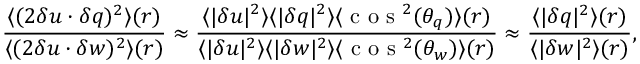
{ \frac { \langle ( 2 \delta \boldsymbol { u } \cdot \delta \boldsymbol { q } ) ^ { 2 } \rangle ( \boldsymbol { r } ) } { \langle ( 2 \delta \boldsymbol { u } \cdot \delta \boldsymbol { w } ) ^ { 2 } \rangle ( \boldsymbol { r } ) } \approx \frac { \langle | \delta \boldsymbol { u } | ^ { 2 } \rangle \langle | \delta \boldsymbol { q } | ^ { 2 } \rangle \langle \mathrm { ~ c ~ o ~ s ~ } ^ { 2 } ( \theta _ { q } ) \rangle ( \boldsymbol { r } ) } { \langle | \delta \boldsymbol { u } | ^ { 2 } \rangle \langle | \delta \boldsymbol { w } | ^ { 2 } \rangle \langle \mathrm { ~ c ~ o ~ s ~ } ^ { 2 } ( \theta _ { w } ) \rangle ( \boldsymbol { r } ) } \approx \frac { \langle | \delta \boldsymbol { q } | ^ { 2 } \rangle ( \boldsymbol { r } ) } { \langle | \delta \boldsymbol { w } | ^ { 2 } \rangle ( \boldsymbol { r } ) } } ,